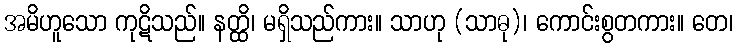
အမိဟူသော ကုဋိသည်။ နတ္ထိ၊ မရှိသည်ကား။ သာဟု (သာဓု)၊ ကောင်းစွတကား။ တေ၊